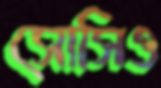
সোসিও